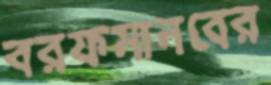
বরফমানবের